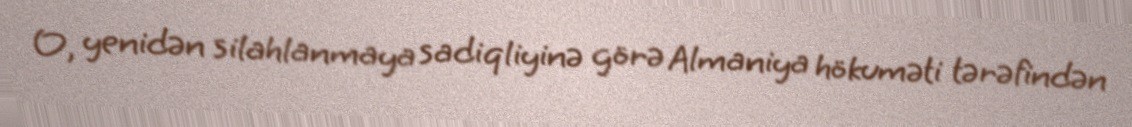
O, yenidən silahlanmaya sadiqliyinə görə Almaniya hökuməti tərəfindən